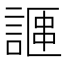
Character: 𫍁